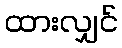
ထားလျှင်